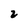
Character: 2